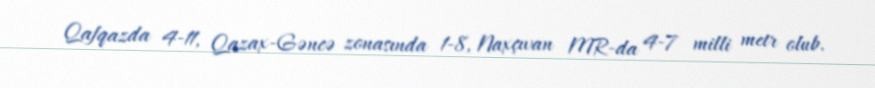
Qafqazda 4-11, Qazax-Gəncə zonasında 1-8, Naxçıvan MR-da 4-7 milli metr olub.